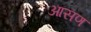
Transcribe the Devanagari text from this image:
आसण